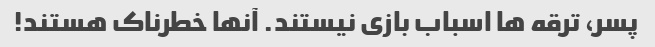
پسر، ترقه ها اسباب بازی نیستند. آنها خطرناک هستند!